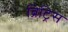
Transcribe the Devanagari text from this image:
ब्रिट्रिस